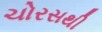
ચોરસથી